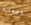
اضافية